Indian journal of veterinary science and animal husbandry - Volume 7,
Year: 1937
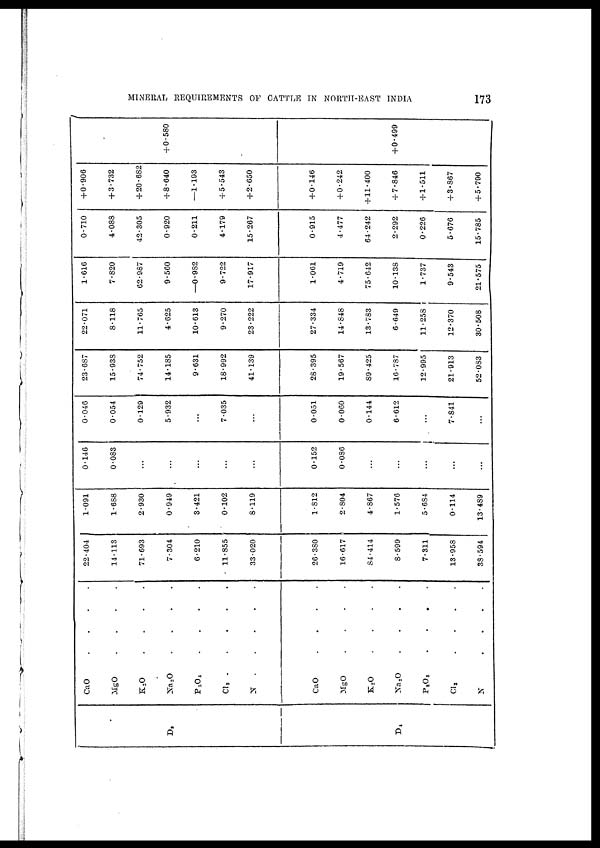
MINERAL REQUIREMENTS OF CATTLE IN NORTH-EAST INDIA
173
D 2
D 4
CaO
.
.
.
.
MgO
.
.
.
.
K 2 O
.
.
.
.
Na 2 O . . . .
P 2 O 5
.
.
.
.
Cl 3
.
.
.
.
N . . . .
CaO
.
.
.
.
MgO
.
.
.
.
K 2 O
.
.
.
.
Na 2 O
.
.
.
.
P 2 O 5
.
.
.
.
CI 2
.
.
.
.
N . . . .
22.404
14.113
71.693
7.304
6.210
11.855
33.020
26.380
16.617
84.414
8.599
7.311
13.958
38.594
1.091
1.688
2.930
0.949
3.421
0.102
8.119
1.812
2.804
4.867
1.576
5.684
0.114
13.489
0.146
0.083
...
...
...
...
...
0.152
0.086
...
...
...
...
. . .
0.046
0.054
0.129
5.932
...
7.035
...
0.051
0.060
0.144
6.612
...
7.841
...
23.687
15.938
74.752
14.185
9.631
18.992
41.139
28.395
19.567
89.425
16.737
12.995
21.913
52.083
22.071
8.118
11.765
4.625
10.613
9.270
23.222
27.334
14.848
13.783
6.649
11.258
12.370
30.508
1.616
7.820
62.987
9.560
—0.982
9.722
17.917
1.061
4.719
75.642
10.138
1.737
9.543
21.575
0.710
4.088
42.305
0.920
0.211
4.179
15.267
0.915
4.477
64.242
2.292
0.226
5.676
15.785
+ 0.906
+ 3.732
+ 20.682
+8.640
—1.193
+ 5.543
+2.650
+0.146
+0.242
+11.400
+ 7.846
+ 1.511
+ 3.867
+ 5.790
+0.580
+ 0.499